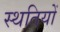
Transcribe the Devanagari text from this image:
स्थतियों